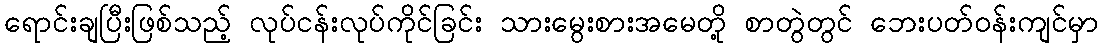
ရောင်းချပြီးဖြစ်သည့် လုပ်ငန်းလုပ်ကိုင်ခြင်း သားမွေးစားအမေတို့ စာတွဲတွင် ဘေးပတ်ဝန်းကျင်မှာ